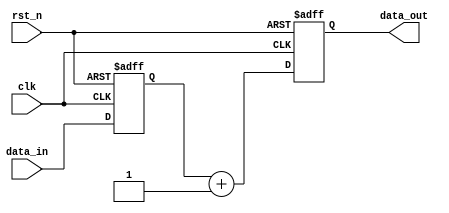
module edge_sensitive_block (
    input wire clk,          // Clock signal
    input wire rst_n,       // Active low reset signal
    input wire [3:0] data_in, // 4-bit input data
    output reg [3:0] data_out // 4-bit output data
);

// Internal state variable
reg [3:0] state;

// Always block sensitive to the positive edge of the clock
always @(posedge clk or negedge rst_n) begin
    if (!rst_n) begin
        // Initialization logic: reset state and output
        state <= 4'b0000;
        data_out <= 4'b0000;
    end else begin
        // State updates based on input conditions
        state <= data_in; // Update state with input data
        data_out <= state + 1; // Example output logic: increment state
    end
end

endmodule